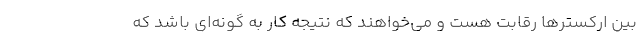
بین ارکسترها رقابت هست و می‌خواهند که نتیجه کار به گونه‌ای باشد که